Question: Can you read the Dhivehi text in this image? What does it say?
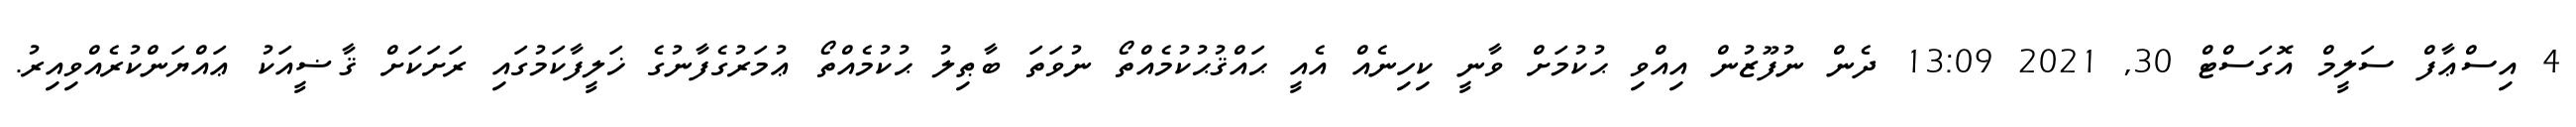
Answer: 4 އިސްޢާފް ސަލީމް އޮގަސްޓް 30, 2021 13:09 ދެން ނުފޫޒުން އިއްވި ޙުކުމަށް ވާނީ ކިހިނެއް އެއީ ޙައްޤުޙުކުމެއްތޯ ނުވަތަ ބާޠިލު ޙުކުމެއްތޯ ޢުމަރުގެފާނުގެ ޚަލީފާކަމުގައި ރަށަކަށް ޤާޟީއަކު ޢައްޔަންކުރެއްވިއިރު.